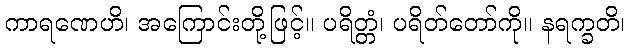
ကာရဏေဟိ၊ အကြောင်းတို့ဖြင့်။ ပရိတ္တံ၊ ပရိတ်တော်ကို။ နရက္ခတိ၊